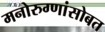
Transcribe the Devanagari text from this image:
मनोरुग्णांसोबत